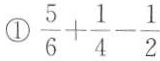
①$$\frac { 5 } { 6 } + \frac { 1 } { 4 } - \frac { 1 } { 2 }$$